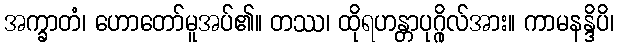
အက္ခာတံ၊ ဟောတော်မူအပ်၏။ တဿ၊ ထိုရဟန္တာပုဂ္ဂိုလ်အား။ ကာမနန္ဒိပိ၊